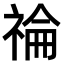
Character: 𥚗